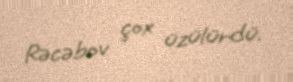
Rəcəbov çox üzülürdü.